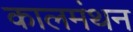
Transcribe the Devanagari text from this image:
कालमंथन